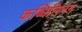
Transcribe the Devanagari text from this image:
कब्धिलिनन